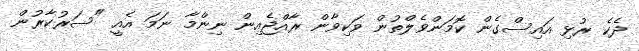
ދެކެ ރުޅި އައިސްގެން ކޮމަންވެލްތުން ވަކިވާން ރާއްޖެއިން ނިންމާ ނަމަ އެއީ "ސަރުކާރުން